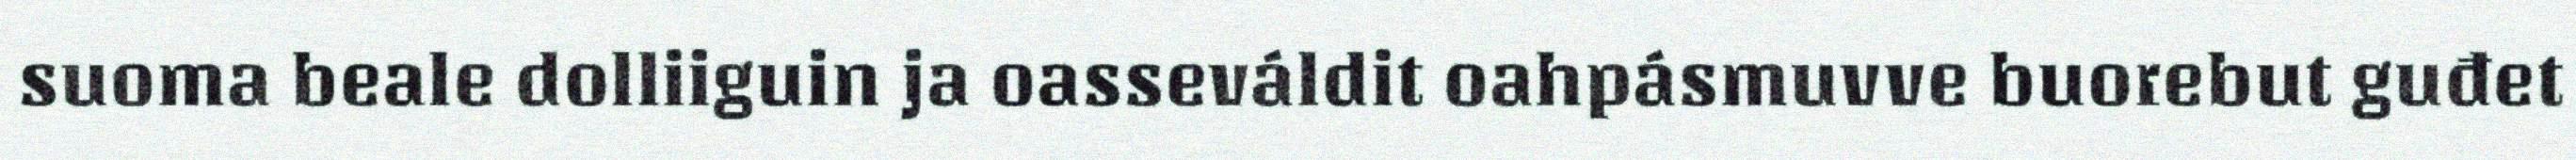
suoma beale dolliiguin ja oasseváldit oahpásmuvve buorebut guđet